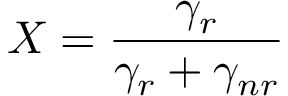
X = \frac { \gamma _ { r } } { \gamma _ { r } + \gamma _ { n r } }